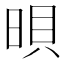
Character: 𣇜